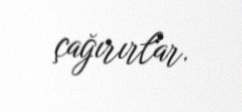
çağırırlar.